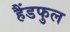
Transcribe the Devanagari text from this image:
हैंडफुल